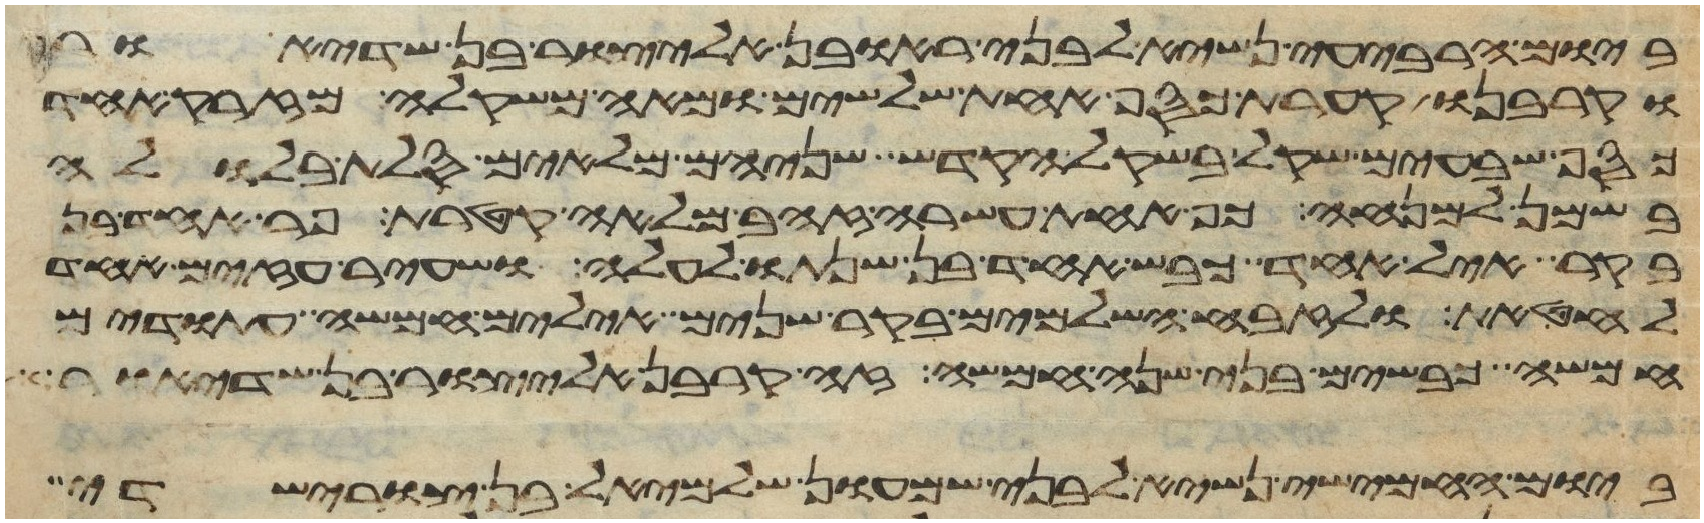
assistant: ביום הרביעי נשיא לבני ראובן אליצור בן שדיאור
וקרבנו קערת כסף אחת שלשים ומאה משקלה מזרק אחד
כסף שבעים שקל בשקל הקדש שניהם מלאים סלת בלולה
בשמן למנחה כף אחת עשרה זהב מלאה קטרת פר אחד בן
בקר איל אחד כבש אחד בן שנתו לעלה ושעיר עזים אחד
לחטאת ולזבח השלמים בקר שנים אילים חמשה עתודים
חמשה כבשים בני שנה חמשה זה קרבן אליצור בן שדיאור
ביום החמישי נשיא לבני שמעון שלמיאל בן צורישדי